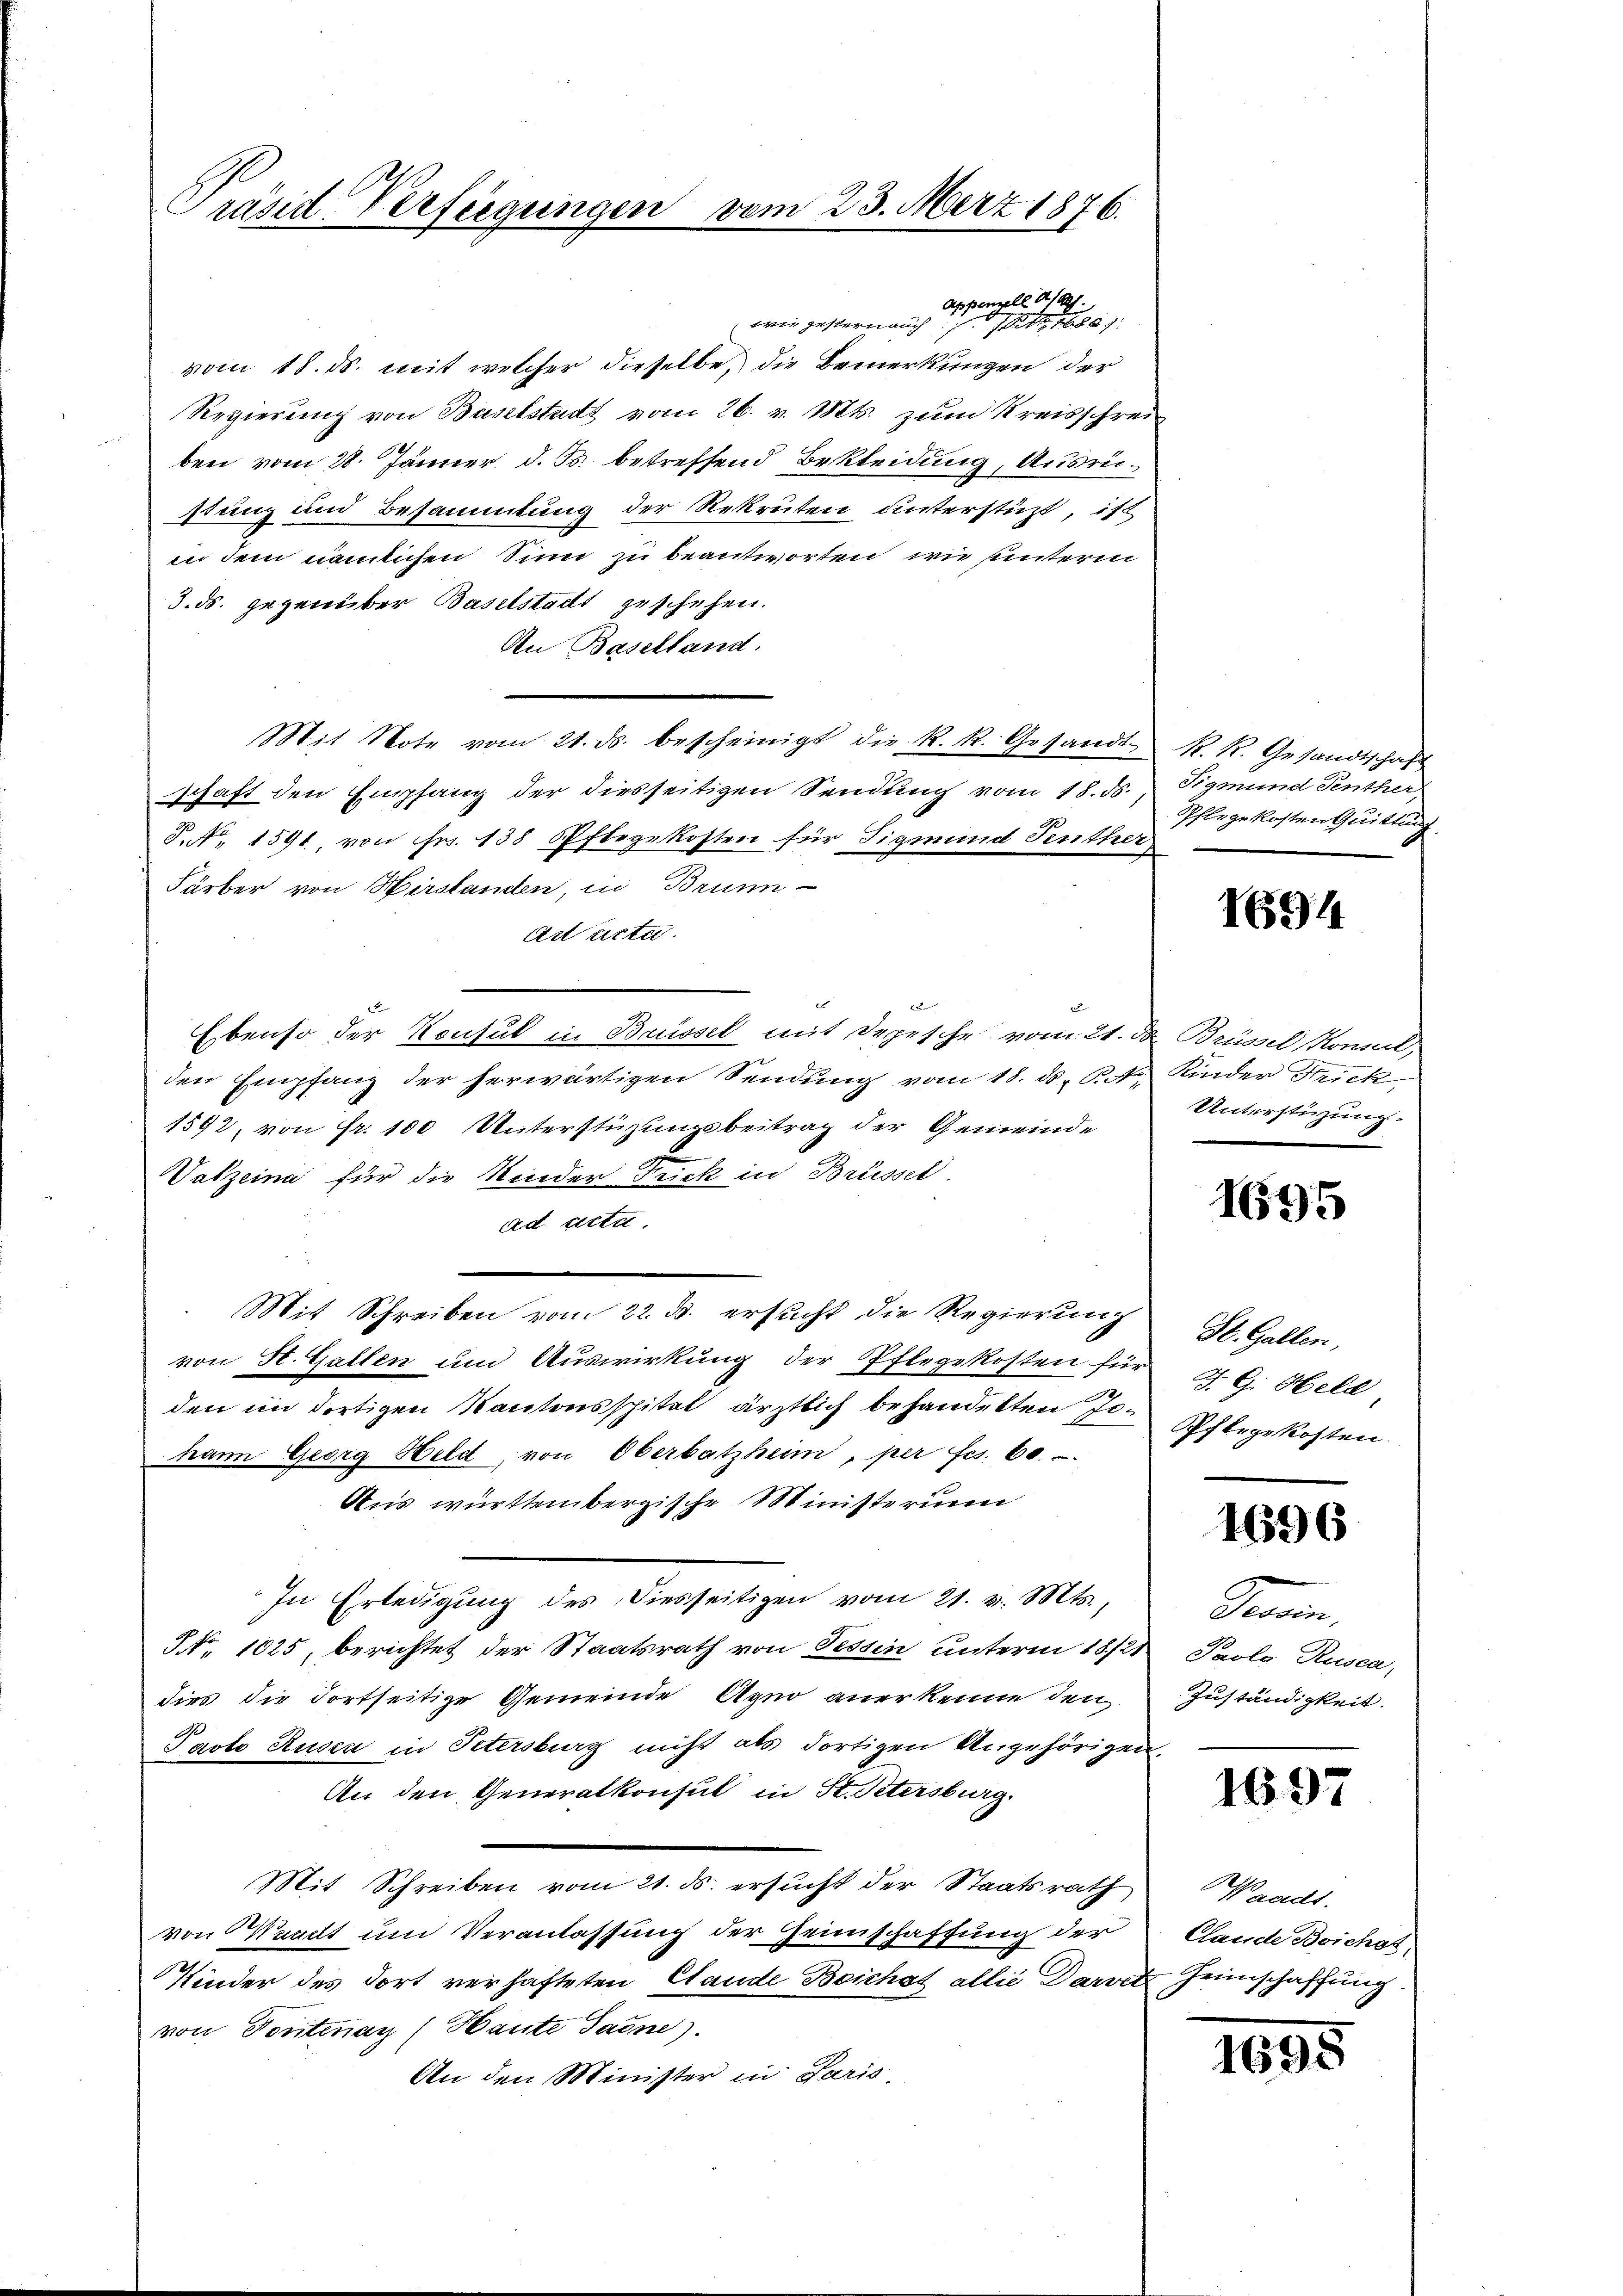
Präsid. Verfügungen vom 23. März 1876.

Appenzell a/Rh.
 wie gestern auch 14, 16807
vom 18. ds. mit welcher dieselbe, die Bemerkungen der
Regierung von Baselstadt vom 26. v. Mts. zum Kreisschreiben vom 28. Jänner d. Js. betreffend Bekleidung, Ausrüstung und Besammlung der Rekruten unterstüzt, ist
in dem nämlichen Sinn zu beantworten, wie unterm
3. ds. gegenüber Baselstadt geschehen.
An Baselland.
Mit Note vom 21. ds. bescheinigt die k. k. Gesandt
schaft den Empfang der diesseitigen Sendung vom 18. ds.
P. Nr. 1591, von Fr. 138 Pflegekosten für Sigmund Fenther
Färber von Herstanden, in Brunn
Art acta.
2
Ebenso der Konsul in Brüssel mit Depesche vom 21. d. Brüssel Konsul,
den Empfang der herwärtigen Sendung vom 18. ds. S. Kinder Strick,
1592, von Fr. 100 Unterstüzungsbeitrag der Gemeinde
Vatzeina für die Kinder Frick in Brüssel
ad certa
Mit Schreiben vom 22. d. ersŭcht die Regierŭng St. Gallen,
von St. Gallen um Auswirkung der Pflegekosten für
den im dortigen Kantonsspital ärztlich behandelten Jo¬
Mann Georg Held, von Oberbatzheim, per fes. 60.
Anis württembergische Ministeriu
In Erledigŭng des Diesseitigen vom 21. v. Mts.,
NNo. 1025, berichtet der Staatsrath von Tessin unterm 18/2 Paolo Rusca,
dies die Fortseitige Gemeinde Agno anerkenne den
Pacto Rusca in Petersburg nicht als dortigen Angehörigen,
An den Generalkonsul in St. Petersburg.
Mit Schreiben vom 21. ds. ersucht der Staatsrath
von Waadt um Veranlassung der Heimschaffung der
Kinder des dort verhafteten Stande Beichat allié Darvet
von Pontenan (Haute Padne).
An den Minister in Paris

K. K. Gesandtschaft
Sigmund Fenther,
Pflegekosten Quittung

1694

Unterstüzung.

1695

J. G. Held
Pflegekosten.

1696

Darin,
Zuständigkeit.

1697

Waadt.
Clande Boichos,
Heimschaffung.

1695